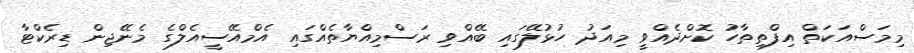
މިމަސްއަކަތް އިފްތިތާހު ކޮށްދެއްވީ މިއަދު ހުޅުލޭގައި ބޭއްވި ރަސްމިއްޔާތެއްގައި އެމްއޭސީއެލްގެ މެނޭޖިން ޑިރެކްޓާ